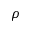
\rho